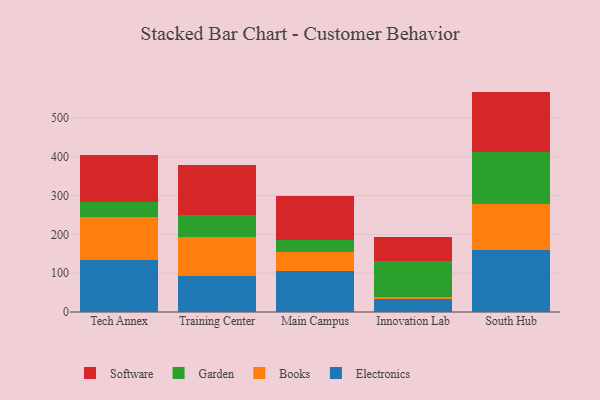
{"axis": {"x": "Campus", "y": "Energy Usage (MWh)"}, "legend": ["Books", "Electronics", "Garden", "Software"], "data": [{"x": "Tech Annex", "y": 134.4, "type": "Electronics"}, {"x": "Tech Annex", "y": 111.6, "type": "Books"}, {"x": "Tech Annex", "y": 37.4, "type": "Garden"}, {"x": "Tech Annex", "y": 122.0, "type": "Software"}, {"x": "Training Center", "y": 92.6, "type": "Electronics"}, {"x": "Training Center", "y": 101.6, "type": "Books"}, {"x": "Training Center", "y": 55.5, "type": "Garden"}, {"x": "Training Center", "y": 129.5, "type": "Software"}, {"x": "Main Campus", "y": 104.5, "type": "Electronics"}, {"x": "Main Campus", "y": 50.0, "type": "Books"}, {"x": "Main Campus", "y": 30.3, "type": "Garden"}, {"x": "Main Campus", "y": 114.0, "type": "Software"}, {"x": "Innovation Lab", "y": 33.0, "type": "Electronics"}, {"x": "Innovation Lab", "y": 6.2, "type": "Books"}, {"x": "Innovation Lab", "y": 91.5, "type": "Garden"}, {"x": "Innovation Lab", "y": 61.4, "type": "Software"}, {"x": "South Hub", "y": 159.3, "type": "Electronics"}, {"x": "South Hub", "y": 119.2, "type": "Books"}, {"x": "South Hub", "y": 134.0, "type": "Garden"}, {"x": "South Hub", "y": 155.6, "type": "Software"}]}